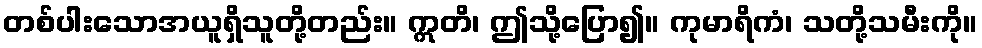
တစ်ပါးသောအယူရှိသူတို့တည်း။ ဣတိ၊ ဤသို့ပြော၍။ ကုမာရိကံ၊ သတို့သမီးကို။